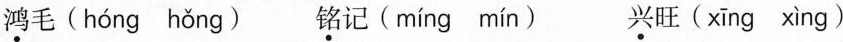
\underset{·}{鸿}毛( hóng hǒng ) \underset{·}{铭}记( míng mín ) \underset{·}{兴}旺( xīng xìng )